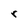
Character: r